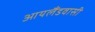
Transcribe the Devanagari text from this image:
आयलैंडवासी